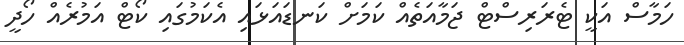
ހަމާސް އަކީ ޓެރަރިސްޓް ޖަމާއަތެއް ކަމަށް ކަނޑައަޅައި އެކަމުގައި ކޯޓް އަމުރެއް ހޯދީ